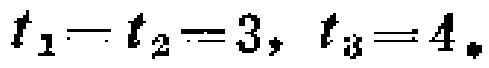
$t_{1}-t_{2}=3,\ t_{3}=4.$